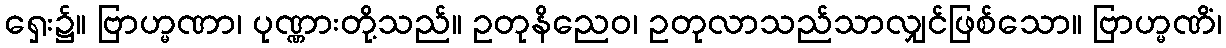
ရှေး၌။ ဗြာဟ္မဏာ၊ ပုဏ္ဏားတို့သည်။ ဥတုနိညေဝ၊ ဥတုလာသည်သာလျှင်ဖြစ်သော။ ဗြာဟ္မဏိံ၊